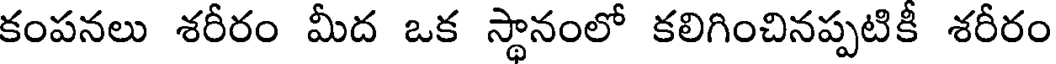
కంపనలు శరీరం మీద ఒక స్థానంలో కలిగించినప్పటికీ శరీరం